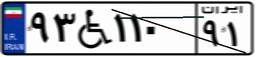
۹۳W۱۱۰۹۱